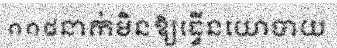
១១៨នាក់មិនឱ្យធ្វើនយោបាយ